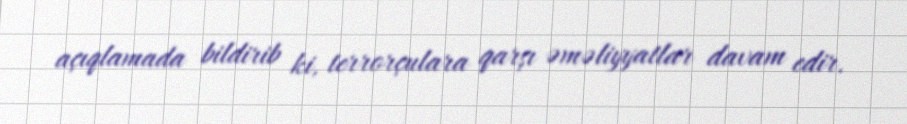
açıqlamada bildirib ki, terrorçulara qarşı əməliyyatlar davam edir.